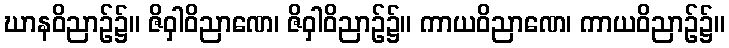
ဃာနဝိညာဉ်၌။ ဇိဝှါဝိညာဏေ၊ ဇိဝှါဝိညာဉ်၌။ ကာယဝိညာဏေ၊ ကာယဝိညာဉ်၌။